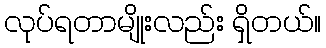
လုပ်ရတာမျိုးလည်း ရှိတယ်။